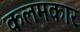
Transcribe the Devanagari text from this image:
कलमकार